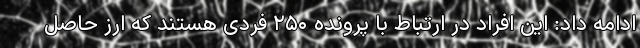
ادامه داد: این افراد در ارتباط با پرونده ۲۵۰ فردی هستند که ارز حاصل